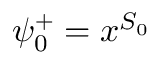
\psi _ { 0 } ^ { + } = x ^ { S _ { 0 } }